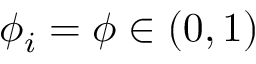
\phi _ { i } = \phi \in ( 0 , 1 )